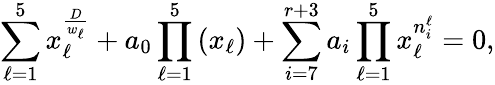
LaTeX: \sum_{\ell=1}^{5}x_{\ell}^{\frac{D}{w_{\ell}}}+a_{0}\prod_{\ell=1}^{5}\left(x_{\ell}\right)+\sum_{i=7}^{r+3}a_{i}\prod_{\ell=1}^{5}x_{\ell}^{n_{i}^{\ell}}=0,